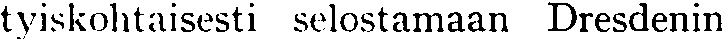
tyiskohtaisesti selostamaan Dresdenin